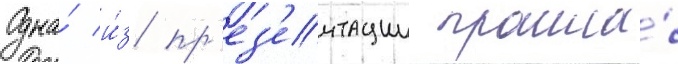
Одна́ и́з пр'ез'ентации прошла́